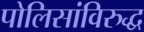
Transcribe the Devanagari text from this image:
पोलिसांविरुद्ध